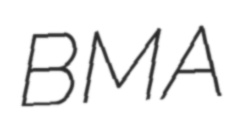
BMA